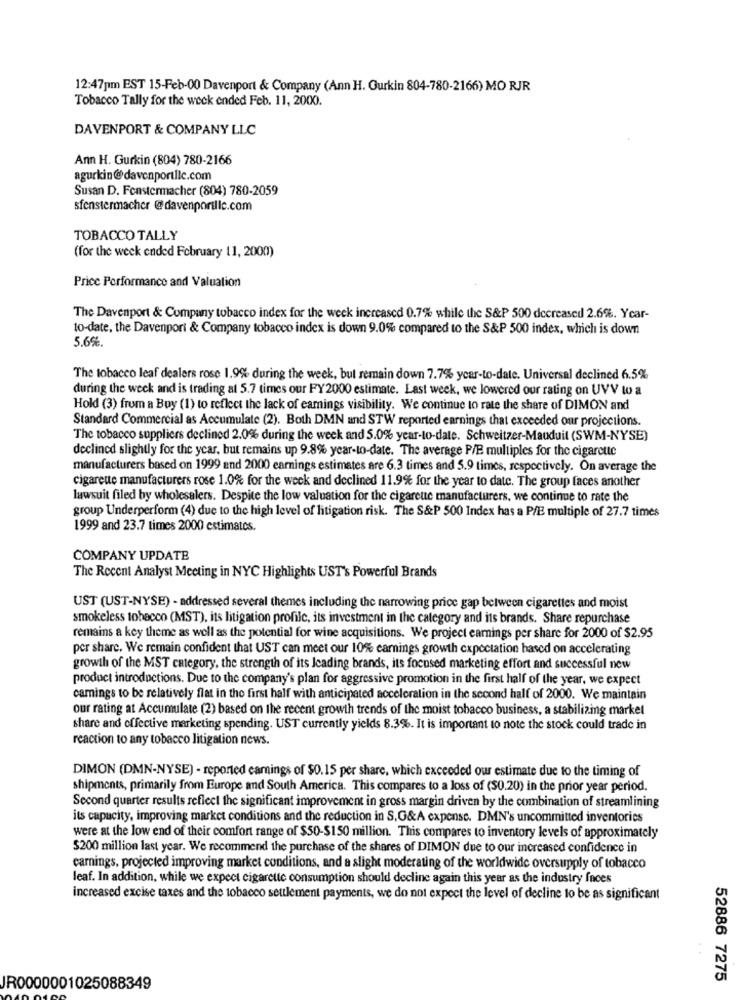
12:47pm EST 15-Feb-00 Davenport & Company (Ann H. Gurkin 804-780-2166) MO RJR
Tobacco Tally for the week ended Feb. 11, 2000.
DAVENPORT & COMPANY LLC
Ann H. Gurkin (804) 780-2166
agurkin@davenportllc.com
Susan D. Fenstermacher (804) 780-2059
sfenstermacher @@davenportlic.com
TOBACCO TALLY
(for the week ended February 11, 2000)
Price Performance and Valuation
The Davenport & Company tobacco index for the week increased 0.7% while the S&P 500 decreased 2.6%. Ycar-
to-date, the Davenport & Company tobacco index is down 9.0% compared to the S&P 500 index, which is down
5.6%.
The tobacco leaf dealers rose 1.9% during the week, bul remain down 7.7% ycar-to-date. Universal declined 6.5%
during the week and is trading at 5.7 times our FY2000 estimate. Last week, we lowered our rating on UVV to a
Hold (3) from a Boy (1) to reflect the lack of eamings visibility. We continue to rate the share of DIMON and
Standard Commercial as Accumulate (2). Both DMN and STW reported earnings that exceeded our projections.
The tobacco suppliers declined 2.0% during the week and 5.0% year-to-date. Schweitzer-Mauduit (SWM-NYSE)
declined slightly for the year, but remains up 9.8% year-to-date. The average P/B multiples for the cigarette
manufacturers based on 1999 and 2000 earnings estimates are 6.3 times and 5.9 times, respectively. On average the
cigarette manufacturers rose 1.0% for the week and declined 11.9% for the year to date. The group faces another
lawsuit filed by wholesalers. Despite the low valuation for the cigarette manufacturers, we continue to rate the
group Underperform (4) due to the high level of litigation risk. The S&P 500 Index has a P/E multiple of 27.7 times
1999 and 23.7 times 2000 estimates.
COMPANY UPDATE
The Recent Analyst Meeting in NYC Highlights UST's Powerful Brands
UST (UST-NYSE) - addressed several themes including the narrowing price gap between cigarettes and moist
smokeless tobacco (MST), its litigation profile, its investment in the category and its brands. Share repurchase
remains a key theme as well as the potential for wine acquisitions. We project earnings per share for 2000 of $2.95
per share. We remain confident that UST can meet our 10% earnings growth expectation based on accelerating
growth of the MST category, the strength of its leading brands, its focused marketing effort and successful new
product introductions. Due to the company's plan for aggressive promotion in the first half of the year, we expect
camings to be relatively flat in the first half with anticipated acceleration in the second half of 2000. We maintain
our rating at Accumulate (2) based on the recent growth trends of the moist tobacco business, a stabilizing market
share and effective marketing spending. UST currently yields 8.3%. It is important to note the stock could trade in
reaction to any tobacco litigation news.
DIMON (DMN-NYSE) - reported camings of $0.15 per share, which exceeded our estimate due to the timing of
shipments, primarily from Europe and South America. This compares to a loss of (S0.20) in the prior year period.
Second quarter results reflect the significant improvement in gross margin driven by the combination of streamlining
its capacity, improving market conditions and the reduction in S,G&A expense. DMN's uncommitted inventories
were at the low end of their comfort range of $50-$150 million. This compares to inventory levels of approximately
$200 million last year. We recommend the purchase of the shares of DIMON due to our increased confidence in
carnings, projected improving market conditions, and a slight moderating of the worldwide oversupply of tobacco
leaf. In addition, while we expect cigarette consumption should decline again this year as the industry faces
increased excise taxes and the tobacco settlement payments, we do not expect the level of decline to be as significant
52886 7275
JR0000001025088349